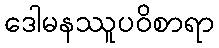
ဒေါမနဿူပဝိစာရာ